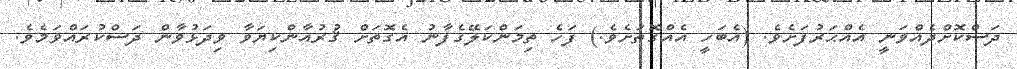
ދަސްކޮށްދެއްވަނީ އެއްޙަރުފަށެވެ. (އެބަހީ އެއްގޮތަށެވެ.) ފަހެ ތިމަންކަލޭގެފާނު އެގޮތަށް ޤުރުއާންކިޔަވާ ވިދަޅުވާން ދަސްކުރައްވަމެވެ.